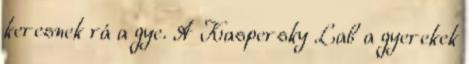
keresnek rá a gye. A Kaspersky Lab a gyerekek